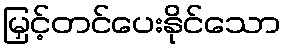
မြှင့်တင်ပေးနိုင်သော